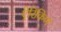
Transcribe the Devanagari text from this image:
ऐरिकिण